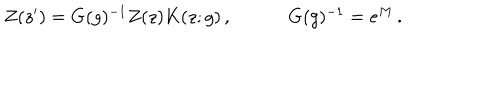
\begin{array} { c c } { { Z ( z ^ { \prime } ) = G ( g ) ^ { - 1 } Z ( z ) K ( z ; g ) \, , ~ } } & { { ~ G ( g ) ^ { - 1 } = e ^ { M } \, . } } \\ \end{array}